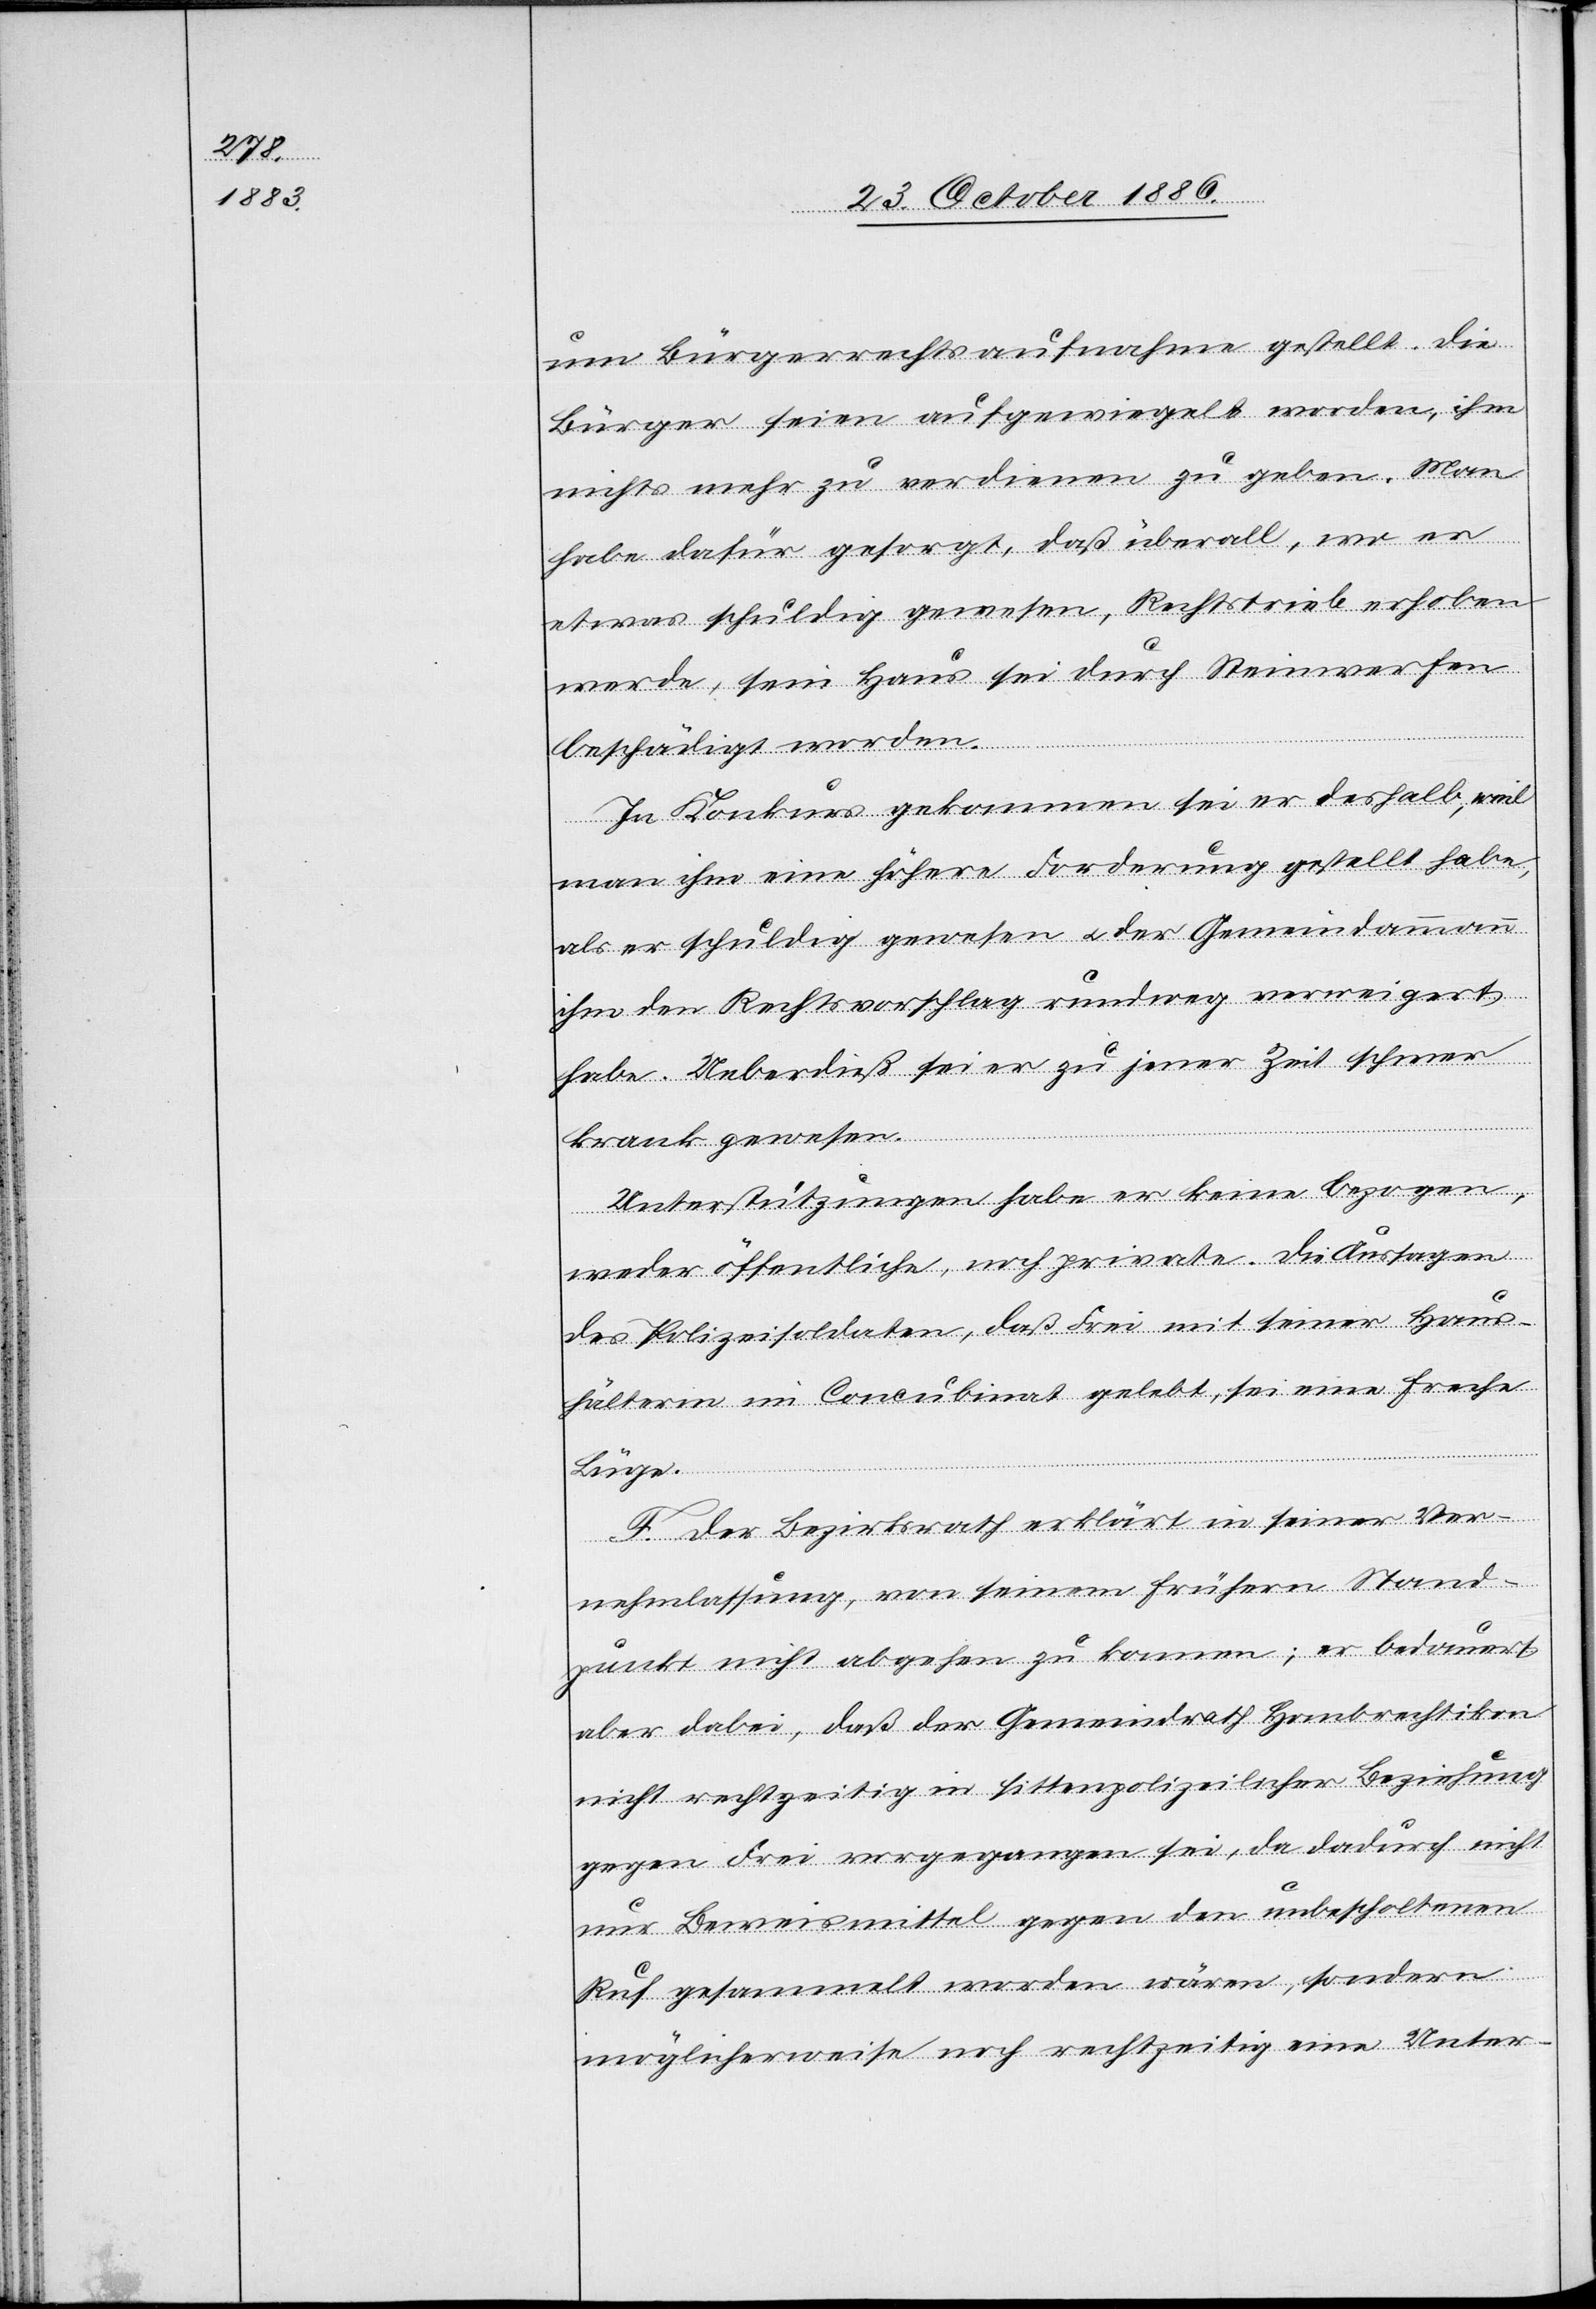
um Bürgerrechtsaufnahme gestellt. Die
Bürger seien aufgewiegelt worden, ihm
nichts mehr zu verdienen zu geben. Man
habe dafür gesorgt, daß überall, wo er
etwas schuldig gewesen, Rechtstrieb erhoben
werde, sein Haus sei durch Steinwerfen
beschädigt worden.
In Konkurs gekommen sei er deshalb, weil
man ihm eine höhere Forderung gestellt habe,
als er schuldig gewesen & der Gemeindammann
ihm den Rechtsvorschlag rundweg verweigert
habe. Ueberdieß sei er zu jener Zeit schwer
krank gewesen.
Unterstützungen habe er keine bezogen,
weder öffentliche, noch private. Die Aussagen
des Polizeisoldaten, daß Frei mit seiner Haus¬
hälterin im Concubinat gelebt, sei eine freche
Lüge.
F. Der Bezirksrath erklärt in seiner Ver¬
nehmlassung, von seinem frühern Stand¬
punkt nicht abgehen zu konnen [sic!]; er bedauert
aber dabei, daß der Gemeindrath Hombrechtikon
nicht rechtzeitig in sittenpolizeilicher Beziehung
gegen Frei vorgegangen sei, da dadurch nicht
nur Beweismittel gegen den unbescholtenen
Ruf gesammelt worden wären, sondern
möglicherweise noch rechtzeitig eine Unter-